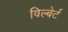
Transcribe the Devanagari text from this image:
विल्बेर्ट